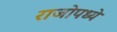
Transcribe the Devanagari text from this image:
राजोपध्ये